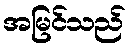
အမြင်သည်